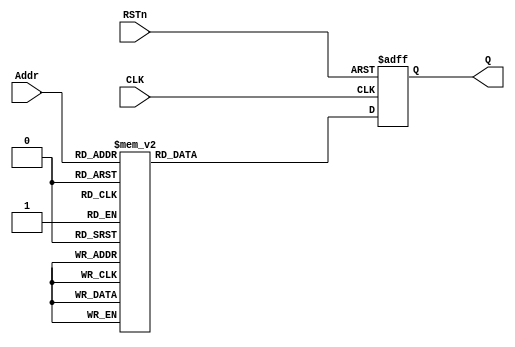


module lut_module(
    input CLK,
    input RSTn,
    input[7:0]Addr,
    output[15:0]Q
    );

/*****************************/

    reg[15:0]rQ;

    always@(posedge CLK or negedge RSTn)
        if(!RSTn)
            rQ<=16'd0;
        else
            case(Addr)

                0,1 :rQ<=16'd0;
                2 : rQ<=16'd1;
                3 : rQ<=16'd2;
                4 : rQ<=16'd4;
                5 : rQ<=16'd6;
                6 : rQ<=16'd9;
                7 : rQ<=16'd12;
                8 : rQ<=16'd16;
                9 : rQ<=16'd20;
                10 : rQ<=16'd25;
                11 : rQ<=16'd30;
                12 : rQ<=16'd36;
                13 : rQ<=16'd42;
                14 : rQ<=16'd49;
                15 : rQ<=16'd56;
                16 : rQ<=16'd64;
                17 : rQ<=16'd72;
                18 : rQ<=16'd81;
                19 : rQ<=16'd90;
                20 : rQ<=16'd100;
                21 : rQ<=16'd110;
                22 : rQ<=16'd121;
                23 : rQ<=16'd132;
                24 : rQ<=16'd144;
                25 : rQ<=16'd156;
                26 : rQ<=16'd169;
                27 : rQ<=16'd182;
                28 : rQ<=16'd196;
                29 : rQ<=16'd210;
                30 : rQ<=16'd225;
                31 : rQ<=16'd240;
                32 : rQ<=16'd256;
                33 : rQ<=16'd272;
                34 : rQ<=16'd289;
                35 : rQ<=16'd306;
                36 : rQ<=16'd324;
                37 : rQ<=16'd342;
                38 : rQ<=16'd361;
                39 : rQ<=16'd380;
                40 : rQ<=16'd400;
                41 : rQ<=16'd420;
                42 : rQ<=16'd441;
                43 : rQ<=16'd462;
                44 : rQ<=16'd484;
                45 : rQ<=16'd506;
                46 : rQ<=16'd529;
                47 : rQ<=16'd552;
                48 : rQ<=16'd576;
                49 : rQ<=16'd600;
                50 : rQ<=16'd625;
                51 : rQ<=16'd650;
                52 : rQ<=16'd676;
                53 : rQ<=16'd702;
                54 : rQ<=16'd729;
                55 : rQ<=16'd756;
                56 : rQ<=16'd784;
                57 : rQ<=16'd812;
                58 : rQ<=16'd841;
                59 : rQ<=16'd870;
                60 : rQ<=16'd900;
                61 : rQ<=16'd930;
                62 : rQ<=16'd961;
                63 : rQ<=16'd992;
                64 : rQ<=16'd1024;
                65 : rQ<=16'd1056;
                66 : rQ<=16'd1089;
                67 : rQ<=16'd1122;
                68 : rQ<=16'd1156;
                69 : rQ<=16'd1190;
                70 : rQ<=16'd1225;
                71 : rQ<=16'd1260;
                72 : rQ<=16'd1296;
                73 : rQ<=16'd1332;
                74 : rQ<=16'd1369;
                75 : rQ<=16'd1406;
                76 : rQ<=16'd1444;
                77 : rQ<=16'd1482;
                78 : rQ<=16'd1521;
                79 : rQ<=16'd1560;
                80 : rQ<=16'd1600;
                81 : rQ<=16'd1640;
                82 : rQ<=16'd1681;
                83 : rQ<=16'd1722;
                84 : rQ<=16'd1764;
                85 : rQ<=16'd1806;
                86 : rQ<=16'd1849;
                87 : rQ<=16'd1892;
                88 : rQ<=16'd1936;
                89 : rQ<=16'd1980;
                90 : rQ<=16'd2025;
                91 : rQ<=16'd2070;
                92 : rQ<=16'd2116;
                93 : rQ<=16'd2162;
                94 : rQ<=16'd2209;
                95 : rQ<=16'd2256;
                96 : rQ<=16'd2304;
                97 : rQ<=16'd2352;
                98 : rQ<=16'd2401;
                99 : rQ<=16'd2450;
                100 : rQ<=16'd2500;
                101 : rQ<=16'd2550;
                102 : rQ<=16'd2601;
                103 : rQ<=16'd2652;
                104 : rQ<=16'd2704;
                105 : rQ<=16'd2756;
                106 : rQ<=16'd2809;
                107 : rQ<=16'd2862;
                108 : rQ<=16'd2916;
                109 : rQ<=16'd2970;
                110 : rQ<=16'd3025;
                111 : rQ<=16'd3080;
                112 : rQ<=16'd3136;
                113 : rQ<=16'd3192;
                114 : rQ<=16'd3249;
                115 : rQ<=16'd3306;
                116 : rQ<=16'd3364;
                117 : rQ<=16'd3422;
                118 : rQ<=16'd3481;
                119 : rQ<=16'd3540;
                120 : rQ<=16'd3600;
                121 : rQ<=16'd3660;
                122 : rQ<=16'd3721;
                123 : rQ<=16'd3782;
                124 : rQ<=16'd3844;
                125 : rQ<=16'd3906;
                126 : rQ<=16'd3969;
                127 : rQ<=16'd4032;
                128 : rQ<=16'd4096;
                129 : rQ<=16'd4160;
                130 : rQ<=16'd4225;
                131 : rQ<=16'd4290;
                132 : rQ<=16'd4356;
                133 : rQ<=16'd4422;
                134 : rQ<=16'd4489;
                135 : rQ<=16'd4556;
                136 : rQ<=16'd4624;
                137 : rQ<=16'd4692;
                138 : rQ<=16'd4761;
                139 : rQ<=16'd4830;
                140 : rQ<=16'd4900;
                141 : rQ<=16'd4970;
                142 : rQ<=16'd5041;
                143 : rQ<=16'd5112;
                144 : rQ<=16'd5184;
                145 : rQ<=16'd5256;
                146 : rQ<=16'd5329;
                147 : rQ<=16'd5402;
                148 : rQ<=16'd5476;
                149 : rQ<=16'd5550;
                150 : rQ<=16'd5625;
                151 : rQ<=16'd5700;
                152 : rQ<=16'd5776;
                153 : rQ<=16'd5852;
                154 : rQ<=16'd5929;
                155 : rQ<=16'd6006;
                156 : rQ<=16'd6084;
                157 : rQ<=16'd6162;
                158 : rQ<=16'd6241;
                159 : rQ<=16'd6320;
                160 : rQ<=16'd6400;
                161 : rQ<=16'd6480;
                162 : rQ<=16'd6561;
                163 : rQ<=16'd6642;
                164 : rQ<=16'd6724;
                165 : rQ<=16'd6806;
                166 : rQ<=16'd6889;
                167 : rQ<=16'd6972;
                168 : rQ<=16'd7056;
                169 : rQ<=16'd7140;
                170 : rQ<=16'd7225;
                171 : rQ<=16'd7310;
                172 : rQ<=16'd7396;
                173 : rQ<=16'd7482;
                174 : rQ<=16'd7569;
                175 : rQ<=16'd7656;
                176 : rQ<=16'd7744;
                177 : rQ<=16'd7832;
                178 : rQ<=16'd7921;
                179 : rQ<=16'd8010;
                180 : rQ<=16'd8100;
                181 : rQ<=16'd8190;
                182 : rQ<=16'd8281;
                183 : rQ<=16'd8372;
                184 : rQ<=16'd8464;
                185 : rQ<=16'd8556;
                186 : rQ<=16'd8649;
                187 : rQ<=16'd8742;
                188 : rQ<=16'd8836;
                189 : rQ<=16'd8930;
                190 : rQ<=16'd9025;
                191 : rQ<=16'd9120;
                192 : rQ<=16'd9216;
                193 : rQ<=16'd9312;
                194 : rQ<=16'd9409;
                195 : rQ<=16'd9506;
                196 : rQ<=16'd9604;
                197 : rQ<=16'd9702;
                198 : rQ<=16'd9801;
                199 : rQ<=16'd9900;
                200 : rQ<=16'd10000;
                201 : rQ<=16'd10100;
                202 : rQ<=16'd10201;
                203 : rQ<=16'd10302;
                204 : rQ<=16'd10404;
                205 : rQ<=16'd10506;
                206 : rQ<=16'd10609;
                207 : rQ<=16'd10712;
                208 : rQ<=16'd10816;
                209 : rQ<=16'd10920;
                210 : rQ<=16'd11025;
                211 : rQ<=16'd11130;
                212 : rQ<=16'd11236;
                213 : rQ<=16'd11342;
                214 : rQ<=16'd11449;
                215 : rQ<=16'd11556;
                216 : rQ<=16'd11664;
                217 : rQ<=16'd11772;
                218 : rQ<=16'd11881;
                219 : rQ<=16'd11990;
                220 : rQ<=16'd12100;
                221 : rQ<=16'd12210;
                222 : rQ<=16'd12321;
                223 : rQ<=16'd12432;
                224 : rQ<=16'd12544;
                225 : rQ<=16'd12656;
                226 : rQ<=16'd12769;
                227 : rQ<=16'd12882;
                228 : rQ<=16'd12996;
                229 : rQ<=16'd13100;
                230 : rQ<=16'd13225;
                231 : rQ<=16'd13340;
                232 : rQ<=16'd13456;
                233 : rQ<=16'd13572;
                234 : rQ<=16'd13689;
                235 : rQ<=16'd13806;
                236 : rQ<=16'd13924;
                237 : rQ<=16'd14042;
                238 : rQ<=16'd14161;
                239 : rQ<=16'd14280;
                240 : rQ<=16'd14400;
                241 : rQ<=16'd14520;
                242 : rQ<=16'd14641;
                243 : rQ<=16'd14762;
                244 : rQ<=16'd14884;
                245 : rQ<=16'd15006;
                246 : rQ<=16'd15129;
                247 : rQ<=16'd15252;
                248 : rQ<=16'd15376;
                249 : rQ<=16'd15500;
                250 : rQ<=16'd15625;
                251 : rQ<=16'd15750;
                252 : rQ<=16'd15876;
                253 : rQ<=16'd16002;
                254 : rQ<=16'd16129;
                255 : rQ<=16'd16256;

            endcase

    assign Q = rQ;

endmodule